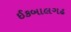
ઈકબાલગઢ